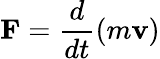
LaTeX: {\textbf{F}}={\frac{d}{dt}}(m{\textbf{v}})